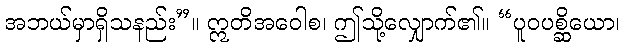
အဘယ်မှာရှိသနည်း”။ ဣတိအဝေါစ၊ ဤသို့လျှောက်၏။ “ပူဝပစ္ဆိယော၊